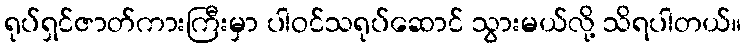
ရုပ်ရှင်ဇာတ်ကားကြီးမှာ ပါဝင်သရုပ်ဆောင် သွားမယ်လို့ သိရပါတယ်။